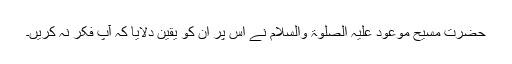
حضرت مسیح موعود علیہ الصلوٰۃ والسلام نے اس پر ان کو یقین دلایا کہ آپ فکر نہ کریں۔